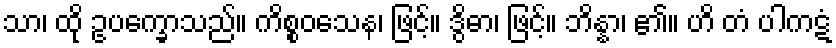
သာ၊ ထို ဥပက္ခောသည်။ ကိစ္စဝသေန၊ ဖြင့်။ ဒွိဓာ၊ ဖြင့်။ ဘိန္နာ၊ ၏။ ဟိ တံ ပါကဋံ